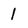
Character: l